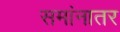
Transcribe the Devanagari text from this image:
समांनातर